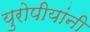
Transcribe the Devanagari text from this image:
युरोपीयांनी